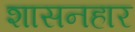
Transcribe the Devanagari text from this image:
शासनहार